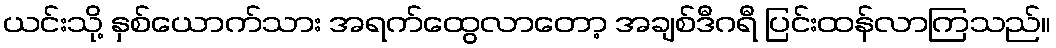
ယင်းသို့ နှစ်ယောက်သား အရက်ထွေလာတော့ အချစ်ဒီဂရီ ပြင်းထန်လာကြသည်။